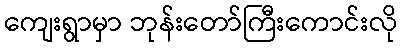
ကျေးရွာမှာ ဘုန်းတော်ကြီးကောင်းလို